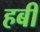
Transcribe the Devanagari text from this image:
हबी